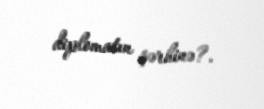
diplomatın şərhinə?.